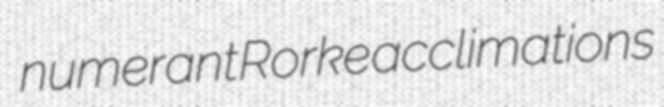
numerant Rorke acclimations